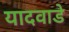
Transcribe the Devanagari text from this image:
यादवाडे